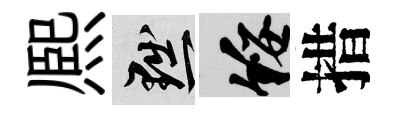
熈黜綏措